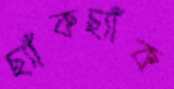
ছ্যাঁকছ্যাঁক